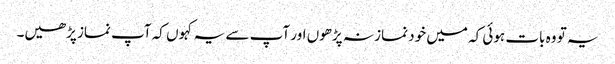
یہ تو وہ بات ہوئی کہ میں خود نماز نہ پڑھوں اور آپ سے یہ کہو ں کہ آپ نماز پڑھیں۔